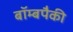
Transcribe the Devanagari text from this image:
बॉम्बपैकी